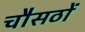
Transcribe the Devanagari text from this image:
चौसठों